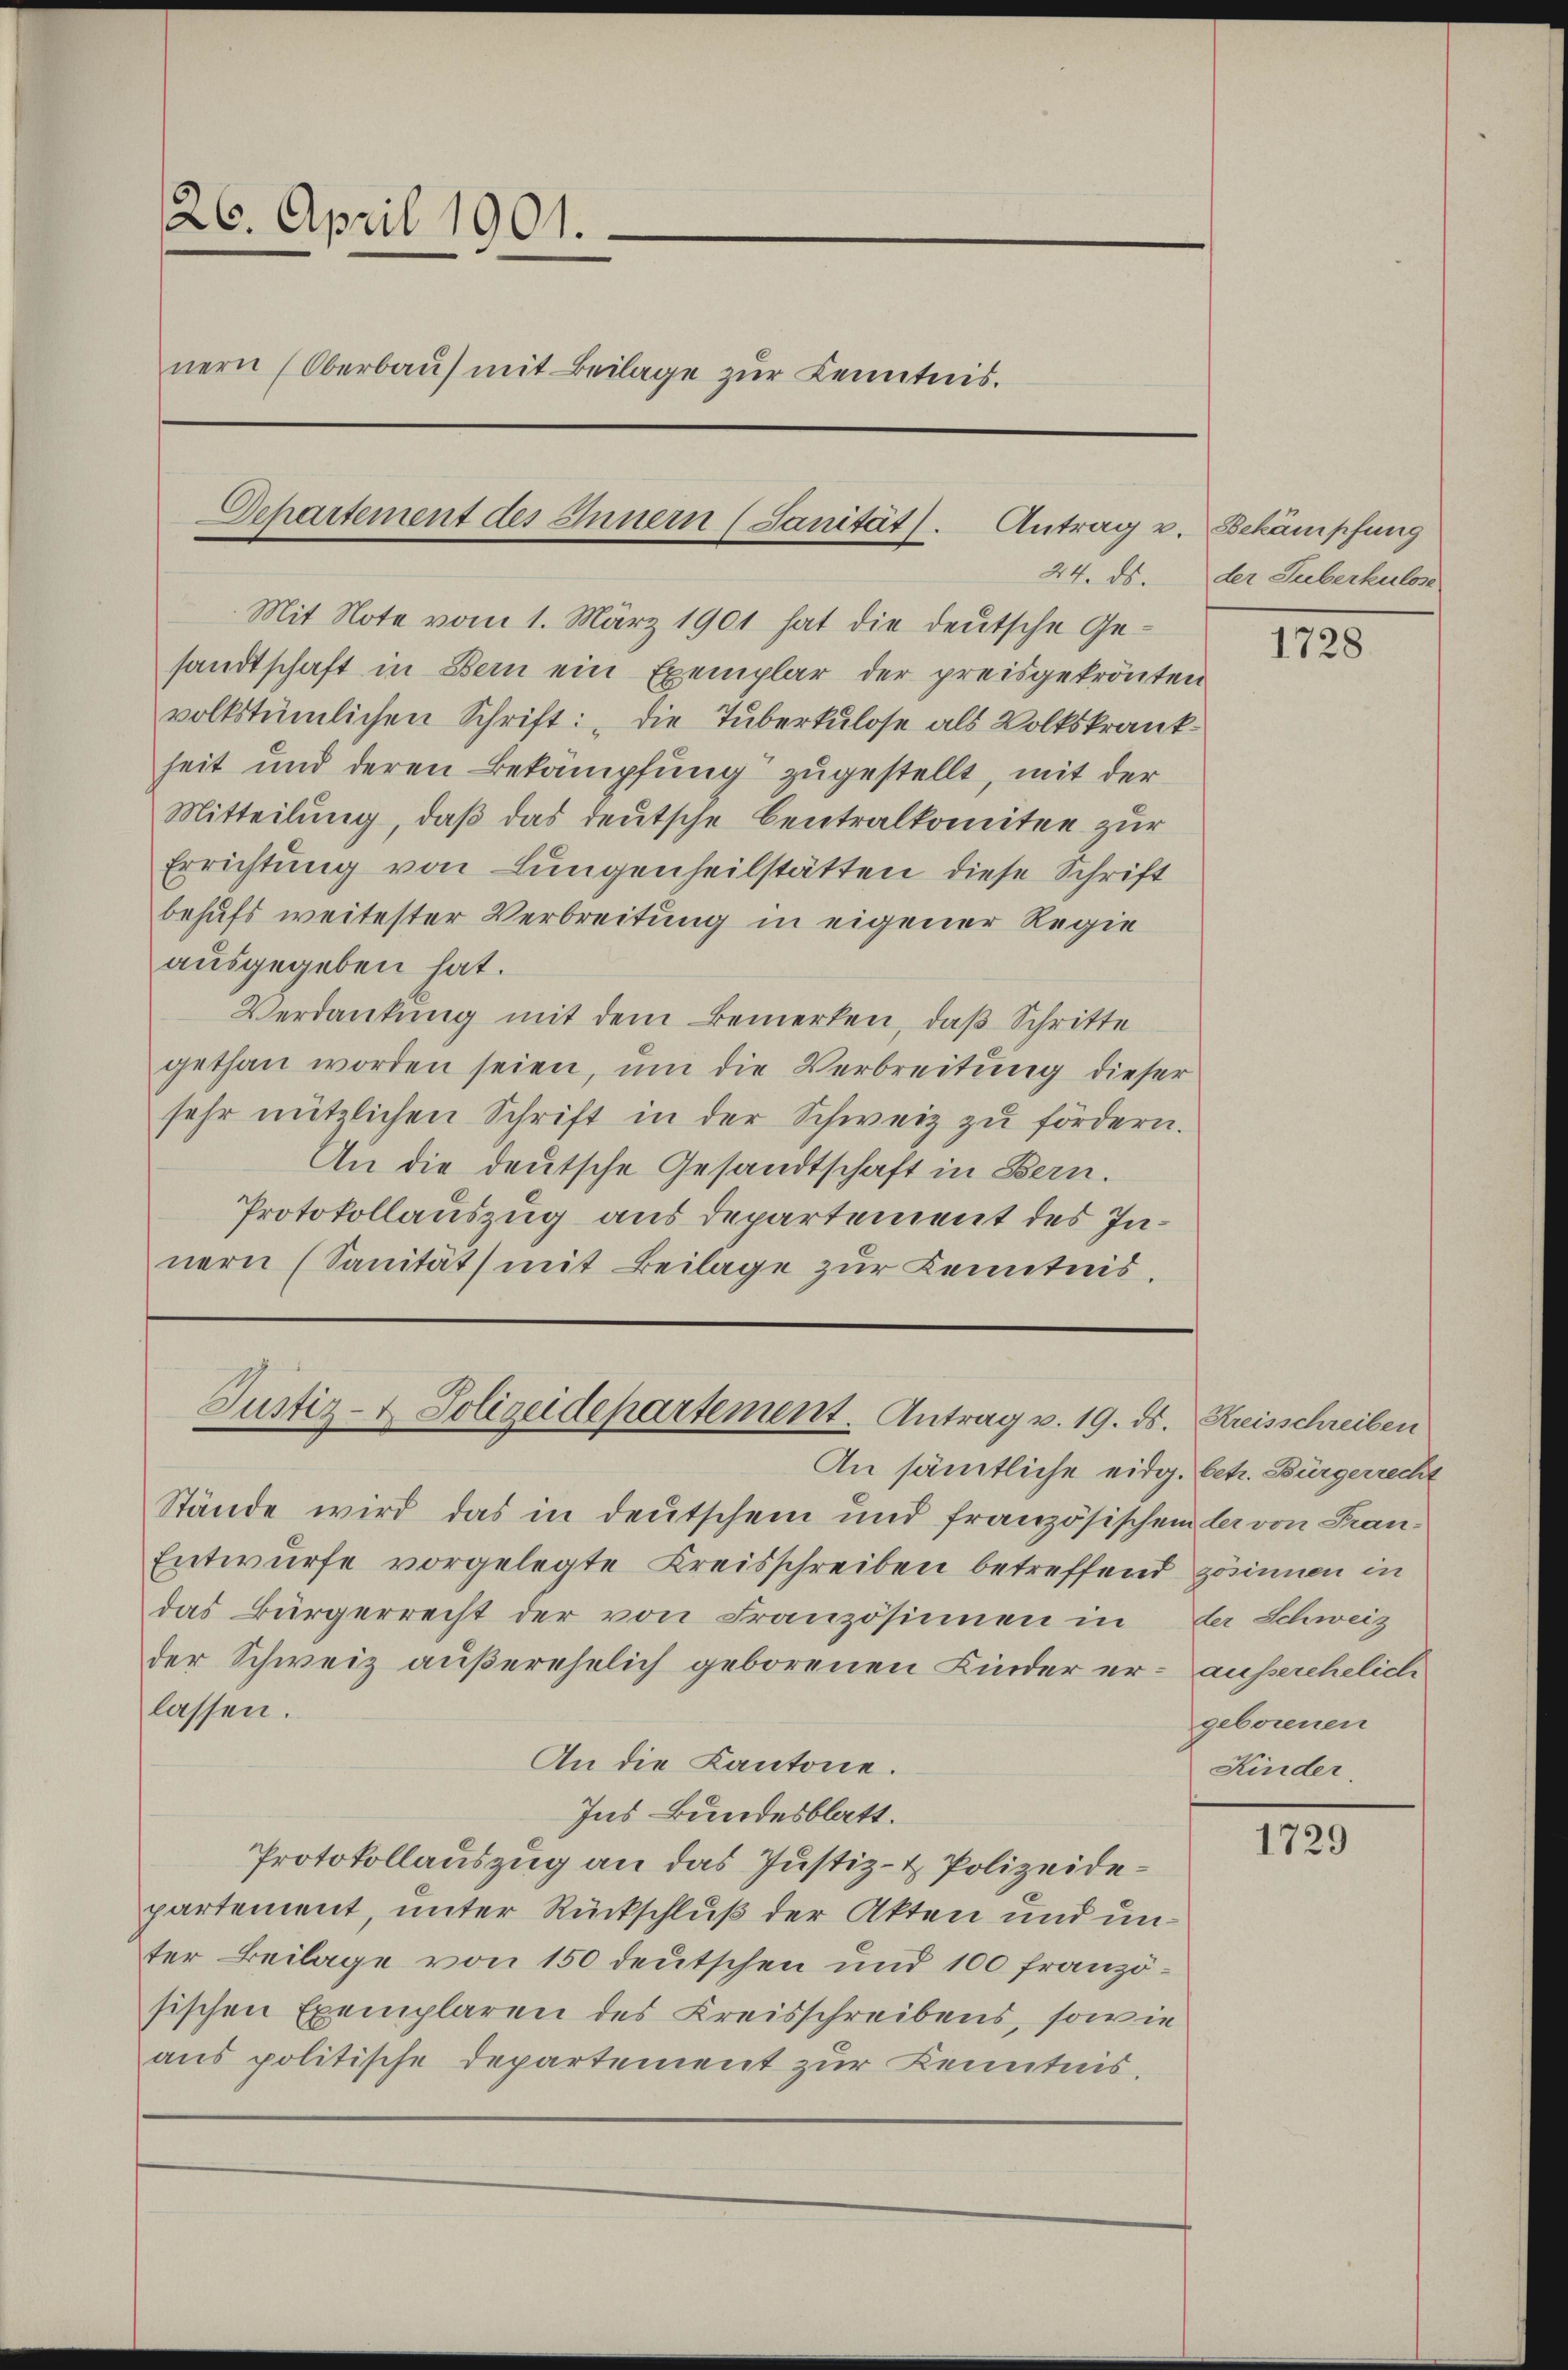
126. April 1901.
nern (Oberbau mit Beilage zur Kenntnis.

Errichtung von Lungenheilstätten diese Schrift
behufs weitester Verbreitung in eigener Regie
ausgegeben hat.
Verdankung mit dem Bemerken, daß Schritte
gethan worden seien, um die Verbreitung dieser
sehr nützlichen Schrift in der Schweiz zu fördern.
An die deutsche Gesandtschaft in Bern.
Protokollauszug aus departement des Innern (Sanität mit Beilage zur Kenntnis.

Departement des Innern (Sanität. Antrag v. Bekämpfung
24. ds.
Mit Note vom 1. März 1901 hat die deutsche Ge-

sandtschaft in Bern ein Exemplar der preisgekrönten
volkstümlichen Schrift: „Die Tuberkulose als Volkskrankheit und deren Bekämpfung zugestellt, mit der
Mitteilung, daß das deutsche Centralkomitee zur

Justiz- & Polizeidepartement. Antrag v. 19. ds. Kreisschreiben

An sämtliche eidg. betr. Bürgerrecht
Stände wird das in deutschem und französischem der von Fran¬
Entwurfe vorgelegte Kreisschreiben betreffend gösinnen in
das Bürgerrecht der von Französinnen in der Schweiz
der Schweiz außerehelich geborenen Kinder er- ausserehelich
lassen.
An die Kantone.
Ins Bundesblatt.
Protokollauszug an das Justiz- & Polizeidepartement, unter Rückschluß der Akten und unter Beilage von 150 deutschen und 100 französischen Exemplaren des Kreisschreibens, sowie
aus politische Departement zur Kenntnis.

der Suberkulose

1728

geborenen
Kinder

1729